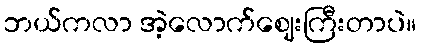
ဘယ်ကလာ အဲ့လောက်ဈေးကြီးတာပဲ။